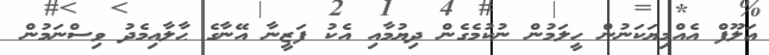
އަލޫފް އެއްމިޔަކަނުން ހީލަމުން ނުކުމެގެން ދިޔުމާއި އެކު ފަޒީނާ އޭނާގެ ޙާލާއިމެދު ވިސްނަމުން